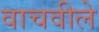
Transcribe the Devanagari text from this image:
वाचवीले